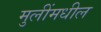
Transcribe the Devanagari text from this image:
मुलींमधील